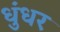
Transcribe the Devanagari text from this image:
धुंधर